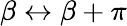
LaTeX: \beta\leftrightarrow\beta+\pi